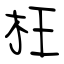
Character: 枉